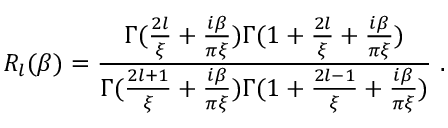
R _ { l } ( \beta ) = { \frac { \Gamma ( { \frac { 2 l } { \xi } } + { \frac { i \beta } { \pi \xi } } ) \Gamma ( 1 + { \frac { 2 l } { \xi } } + { \frac { i \beta } { \pi \xi } } ) } { \Gamma ( { \frac { 2 l + 1 } { \xi } } + { \frac { i \beta } { \pi \xi } } ) \Gamma ( 1 + { \frac { 2 l - 1 } { \xi } } + { \frac { i \beta } { \pi \xi } } ) } } \ .